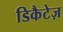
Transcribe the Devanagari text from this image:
डिकैटेज़